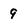
Character: 9